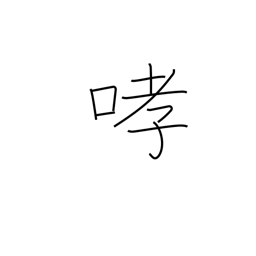
Meaning: growl